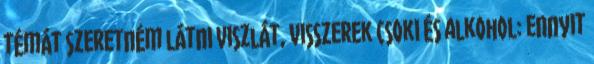
témát szeretném látni Viszlát, visszerek Csoki és alkohol: ennyit